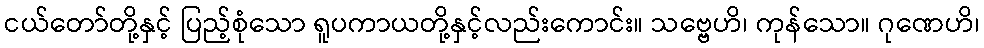
ငယ်တော်တို့နှင့် ပြည့်စုံသော ရူပကာယတို့နှင့်လည်းကောင်း။ သဗ္ဗေဟိ၊ ကုန်သော။ ဂုဏေဟိ၊